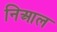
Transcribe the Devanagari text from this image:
निआल